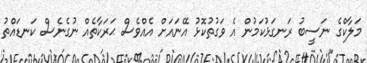
މަލާކްގެ ނަސީބު ރަނގަޅުކަމުން އެ ވަގުތުކޮޅު އޭނައަށް އެއްވެސް ޙަރަކާތެއް ނުގެނެސް ކަނޑައްތު